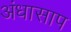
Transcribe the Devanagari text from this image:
अंधासाप